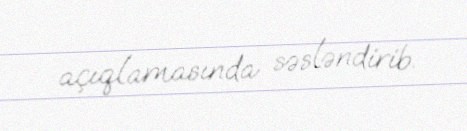
açıqlamasında səsləndirib.